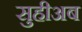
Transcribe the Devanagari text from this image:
सुहीअब